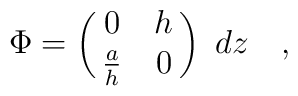
\Phi=\pmatrix{0&h\cr{a\over h}&0}~dz\quad,